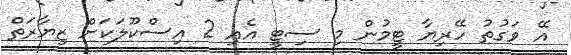
އޭ ވަގުތު ހޭރިޔާ ޓީމުން މި ސިޓީ އެއި 2 އިސްކޫލަކަށް ޒިޔާރަތް